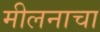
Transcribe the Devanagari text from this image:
मीलनाचा